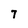
Character: 7